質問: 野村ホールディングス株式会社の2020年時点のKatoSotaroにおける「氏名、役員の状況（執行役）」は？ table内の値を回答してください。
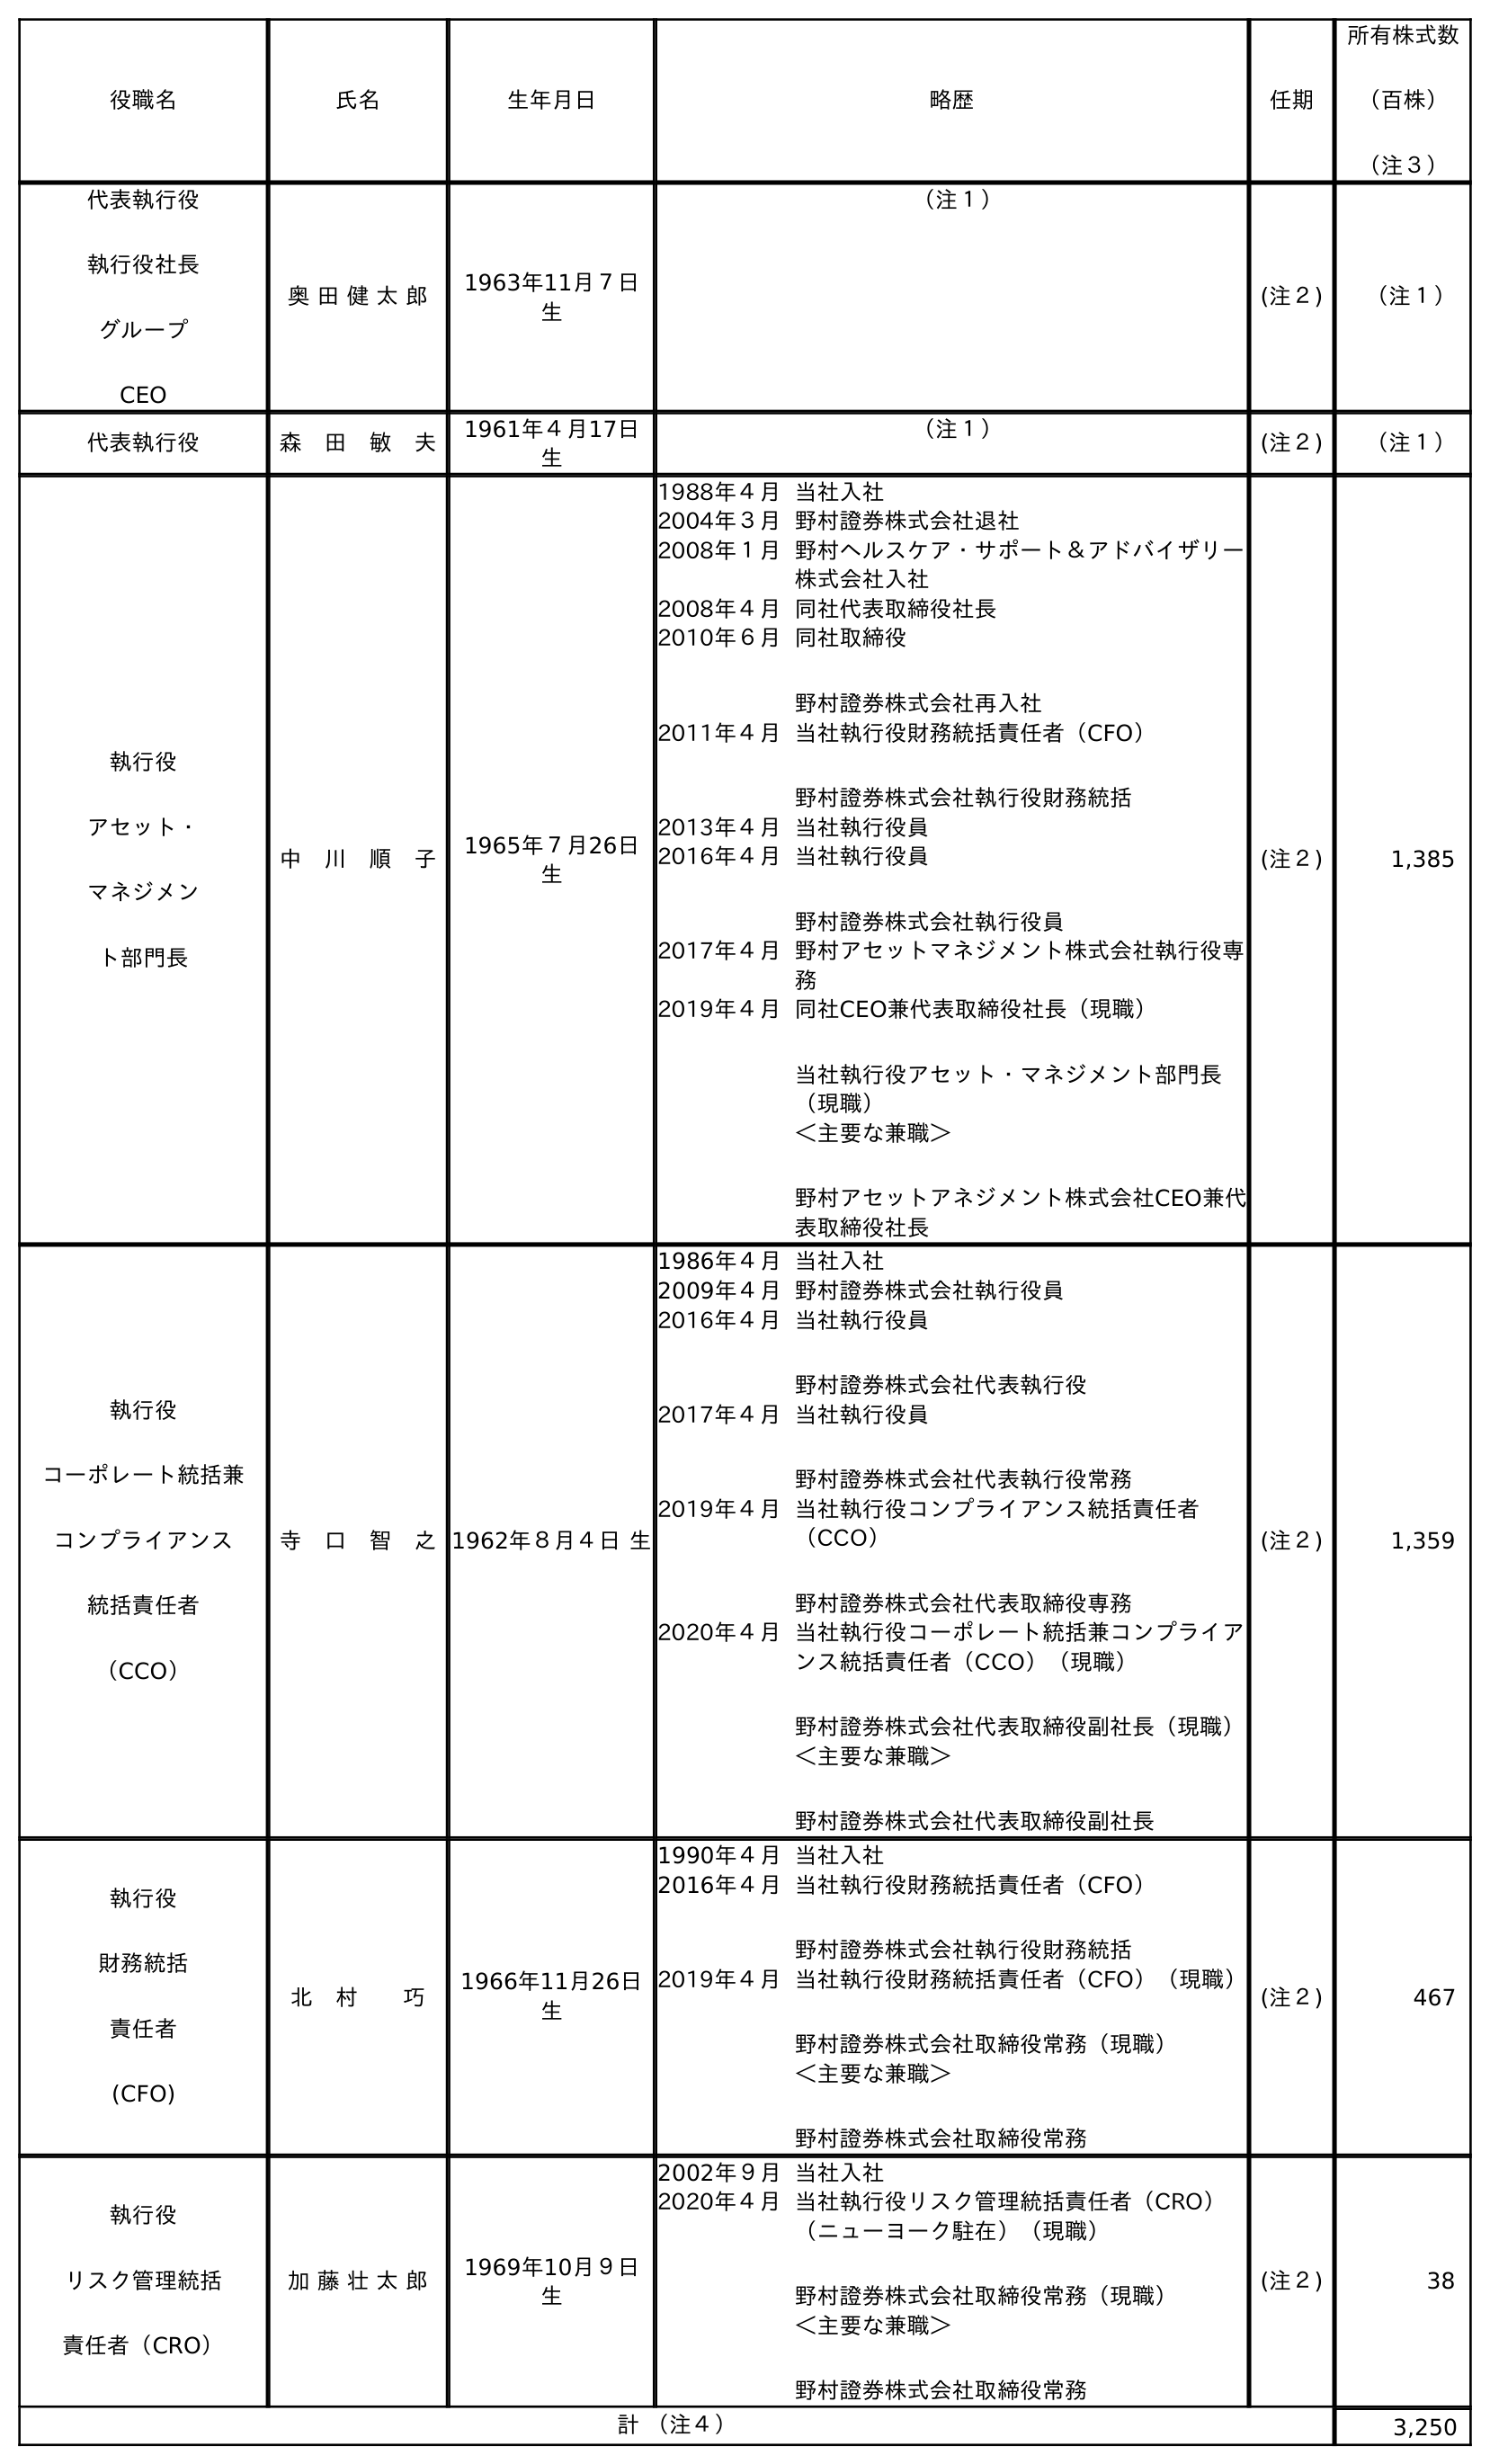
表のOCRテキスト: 役職名 氏名 生年月日 略歴 任期 所有株式数 （百株） （注３） 代表執行役 執行役社長 グループ CEO 奥 田 健 太 郎 1963年11月７日 生 （注１） (注２) （注１） 代表執行役 森 田 敏 夫 1961年４月17日 生 （注１） (注２) （注１） 執行役 アセット・ マネジメン ト部門長 中 川 順 子 1965年７月26日 生 1988年４月当社入社 2004年３月野村證券株式会社退社 2008年１月野村ヘルスケア・サポート＆アドバイザリー 株式会社入社 2008年４月同社代表取締役社長 2010年６月同社取締役 野村證券株式会社再入社 2011年４月当社執行役財務統括責任者（CFO） 野村證券株式会社執行役財務統括 2013年４月当社執行役員 2016年４月当社執行役員 野村證券株式会社執行役員 2017年４月野村アセットマネジメント株式会社執行役専 務 2019年４月同社CEO兼代表取締役社長（現職） 当社執行役アセット・マネジメント部門長 （現職） ＜主要な兼職＞ 野村アセットアネジメント株式会社CEO兼代 表取締役社長 (注２) 1,385 執行役 コーポレート統括兼 コンプライアンス 統括責任者 （CCO） 寺 口 智 之1962年８月４日 生 1986年４月当社入社 2009年４月野村證券株式会社執行役員 2016年４月当社執行役員 野村證券株式会社代表執行役 2017年４月当社執行役員 野村證券株式会社代表執行役常務 2019年４月当社執行役コンプライアンス統括責任者 （CCO） 野村證券株式会社代表取締役専務 2020年４月当社執行役コーポレート統括兼コンプライア ンス統括責任者（CCO）（現職） 野村證券株式会社代表取締役副社長（現職） ＜主要な兼職＞ 野村證券株式会社代表取締役副社長 (注２) 1,359 執行役 財務統括 責任者 (CFO) 北 村  巧 1966年11月26日 生 1990年４月当社入社 2016年４月当社執行役財務統括責任者（CFO） 野村證券株式会社執行役財務統括 2019年４月当社執行役財務統括責任者（CFO）（現職） 野村證券株式会社取締役常務（現職） ＜主要な兼職＞ 野村證券株式会社取締役常務 (注２) 467 執行役 リスク管理統括 責任者（CRO） 加 藤 壮 太 郎 1969年10月９日 生 2002年９月当社入社 2020年４月当社執行役リスク管理統括責任者（CRO） （ニューヨーク駐在）（現職） 野村證券株式会社取締役常務（現職） ＜主要な兼職＞ 野村證券株式会社取締役常務 (注２) 38 計 （注４） 3,250
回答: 加 藤 壮 太 郎